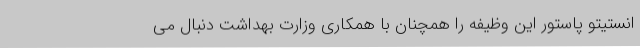
انستیتو پاستور این وظیفه را همچنان با همکاری وزارت بهداشت دنبال می